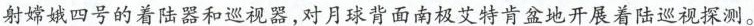
射嫦娥四号的着陆器和巡视器，对月球背面南极艾特肯盆地开展着陆巡视探测。